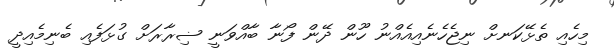
މިހެއި ތެޅޭކަނށް ނިޖެހެނެއިއެއްނު ހޫން ދޭން ފޯނާ ބާއްވަނީ ޟިރާރަށް ގުޅަފެއި ބެނިމެއިދީ